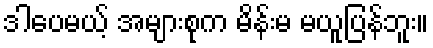
ဒါပေမယ့် အများစုက မိန်းမ မယူပြန်ဘူး။